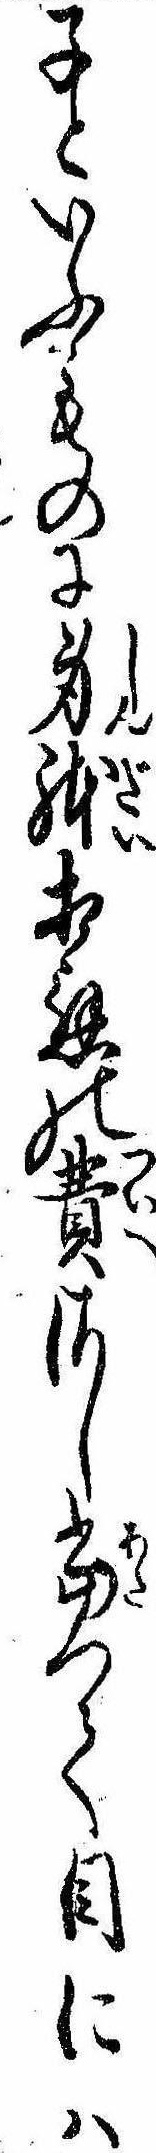
子といふものに身体相応の費さし当つて目には